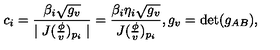
c _ { i } = \frac { \beta _ { i } \sqrt { g _ { v } } } { \mid J ( \frac \phi v ) _ { p _ { i } } \mid } = \frac { \beta _ { i } \eta _ { i } \sqrt { g _ { v } } } { J ( \frac \phi v ) _ { p _ { i } } } , g _ { v } = \det ( g _ { A B } ) ,